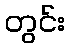
တွင်း